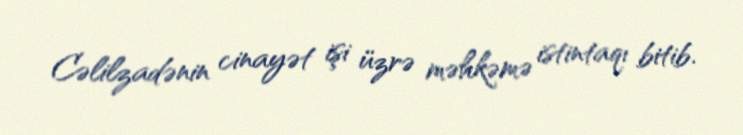
Cəlilzadənin cinayət işi üzrə məhkəmə istintaqı bitib.